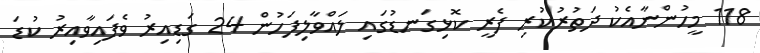
118 މީހުންނާއެކު ދަތުރުކުރި ފެރީ ކޮޅިގަނޑުގައި ލައްވާލިފަހުން 24 ގަޑިއިރު ވެފައިވާއިރު ކުޑަ